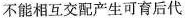
不能相互交配产生可育后代